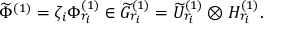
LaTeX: \widetilde { \Phi } ^ { ( 1 ) } = \zeta _ { i } \Phi _ { r _ { i } } ^ { ( 1 ) } \in \widetilde { G } _ { r _ { i } } ^ { ( 1 ) } = \widetilde { \cal U } _ { r _ { i } } ^ { ( 1 ) } \otimes { \cal H } _ { r _ { i } } ^ { ( 1 ) } .